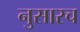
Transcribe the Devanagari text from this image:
नुसारच